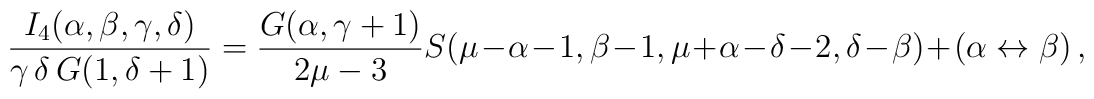
\frac{I_4(\alpha,\beta,\gamma,\delta)}{\gamma\,\delta\, G(1,\delta+1)}=\frac{G(\alpha,\gamma+1)}{2\mu-3}S(\mu-\alpha-1,\beta-1,\mu+\alpha-\delta-2,\delta-\beta)+(\alpha\leftrightarrow\beta)\,,